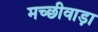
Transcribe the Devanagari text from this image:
मच्छीवाड़ा